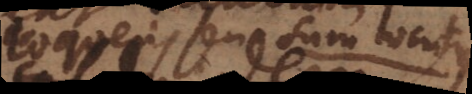
loquens seu sum locutus